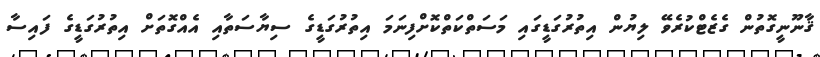
ޤާނޫނީގޮތުން ގެޒެޓްކުރެވޭ ލިޔުން އިތުރުގަޑީގައި މަސަތްކަތްކޮށްފިނަމަ އިތުރުގަޑީގެ ސިޔާސަތާއި އެއްގޮތަށް އިތުރުގަޑީގެ ފައިސާ